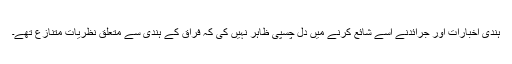
ہندی اخبارات اور جرائدنے اسے شائع کرنے میں دل چسپی ظاہر نہیں کی کہ فراق کے ہندی سے متعلق نظریات متنازع تھے۔